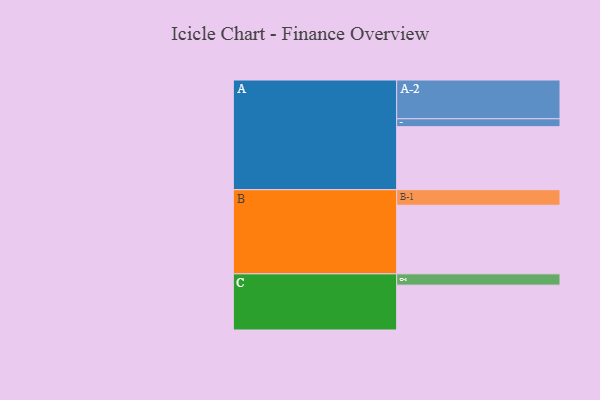
{"axis": {"x": "Segment", "y": "Value"}, "legend": ["", "A", "B", "C"], "data": [{"x": "A", "y": 486, "type": ""}, {"x": "B", "y": 529, "type": ""}, {"x": "C", "y": 346, "type": ""}, {"x": "A-1", "y": 61, "type": "A"}, {"x": "A-2", "y": 299, "type": "A"}, {"x": "B-1", "y": 120, "type": "B"}, {"x": "C-1", "y": 87, "type": "C"}]}